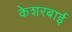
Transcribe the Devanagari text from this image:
केशरबाई